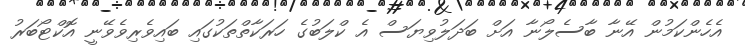
އެހެންކަމުން އޭނާ ބާސެލޯނާ އަށް ބަދަލުވިޔަސް އެ ކްލަބުގެ ހަރަކާތްތަކުގައި ބައިވެރިވެވޭނީ އޮކްޓޯބަރު